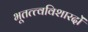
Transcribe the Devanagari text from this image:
भूतत्त्वविशारदों